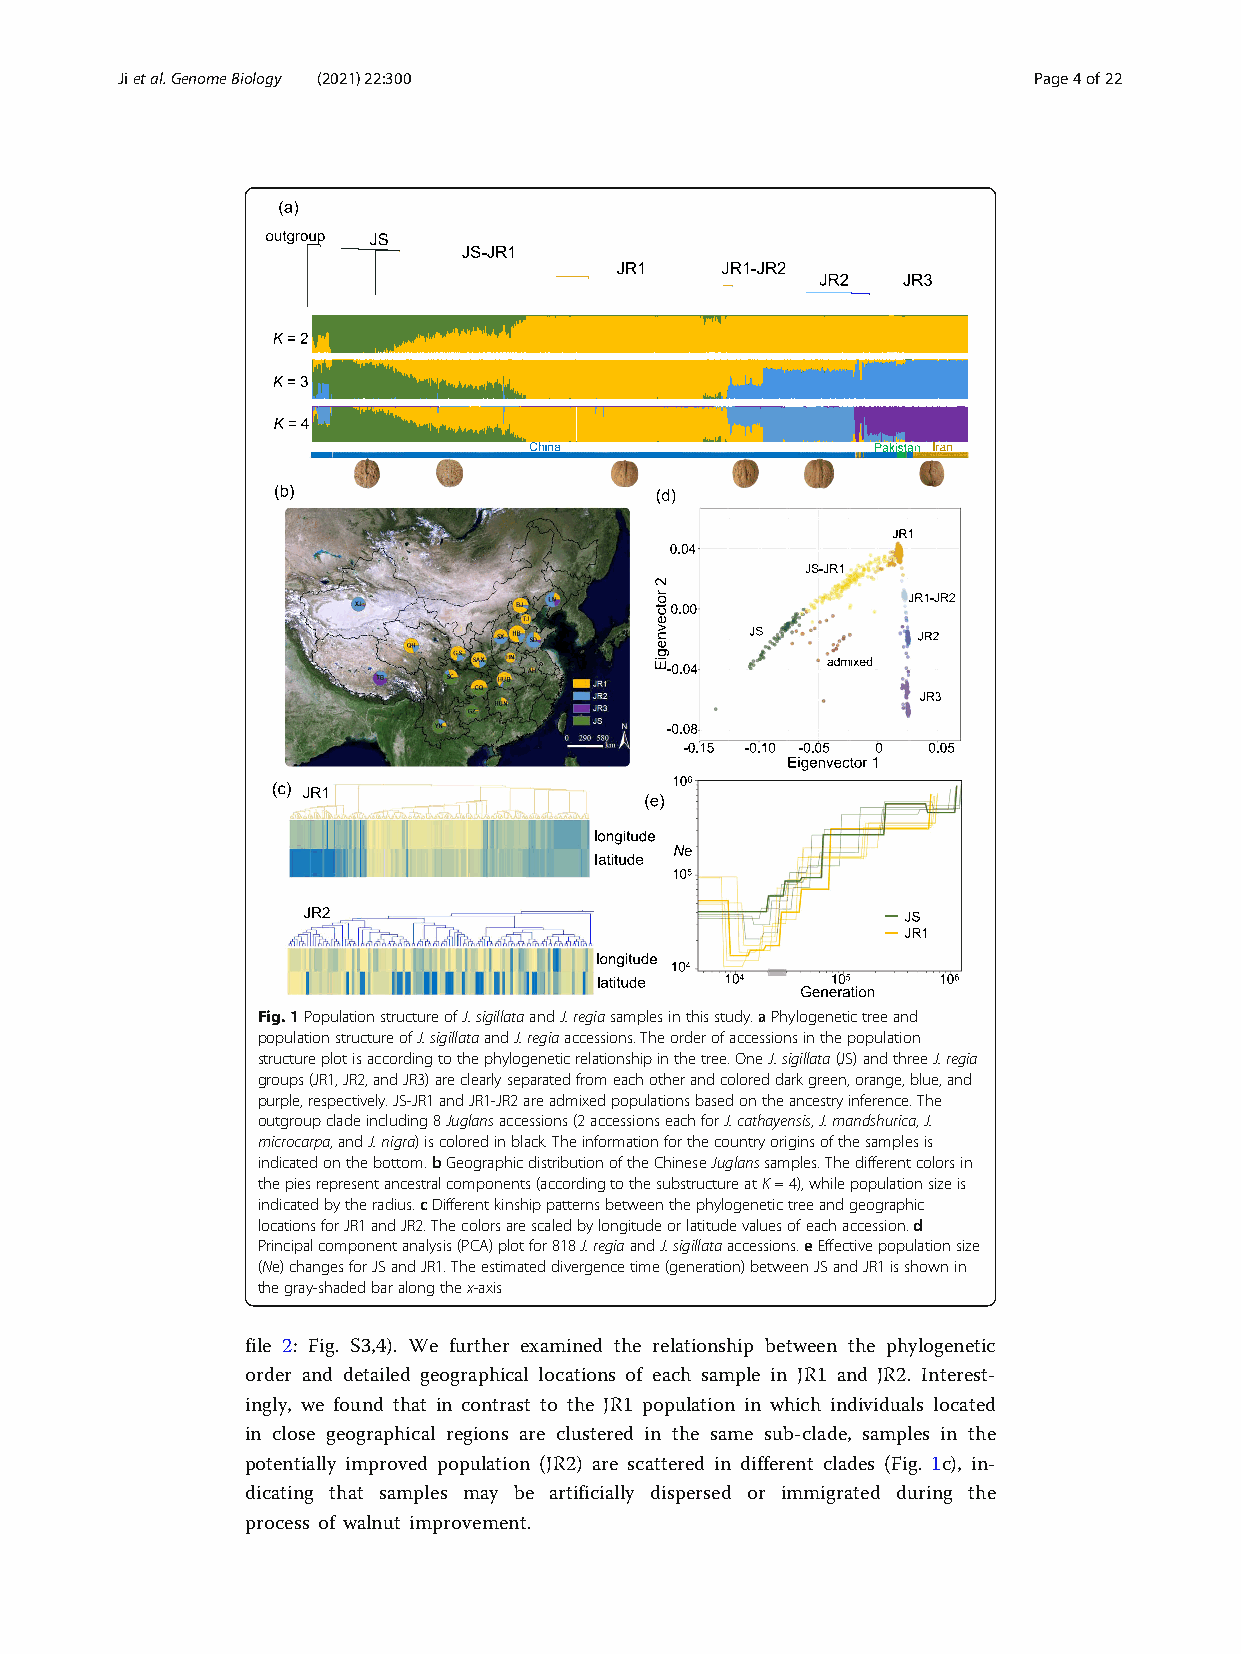
Jietal.GenomeBiology (2021) 22:300                          Page4of22
 Fig.1PopulationstructureofJ.sigillataandJ.regiasamplesinthisstudy.aPhylogenetictreeand
 populationstructureofJ.sigillataandJ.regiaaccessions.Theorderofaccessionsinthepopulation
 structureplotisaccordingtothephylogeneticrelationshipinthetree.OneJ.sigillata(JS)andthreeJ.regia
 groups(JR1,JR2,andJR3)areclearlyseparatedfromeachotherandcoloreddarkgreen,orange,blue,and
 purple,respectively.JS-JR1andJR1-JR2areadmixedpopulationsbasedontheancestryinference.The
 outgroupcladeincluding8Juglansaccessions(2accessionseachforJ.cathayensis,J.mandshurica,J.
 microcarpa,andJ.nigra)iscoloredinblack.Theinformationforthecountryoriginsofthesamplesis
 indicatedonthebottom.bGeographicdistributionoftheChineseJuglanssamples.Thedifferentcolorsin
 thepiesrepresentancestralcomponents(accordingtothesubstructureatK=4),whilepopulationsizeis
 indicatedbytheradius.cDifferentkinshippatternsbetweenthephylogenetictreeandgeographic
 locationsforJR1andJR2.Thecolorsarescaledbylongitudeorlatitudevaluesofeachaccession.d
 Principalcomponentanalysis(PCA)plotfor818J.regiaandJ.sigillataaccessions.eEffectivepopulationsize
 (Ne)changesforJSandJR1.Theestimateddivergencetime(generation)betweenJSandJR1isshownin
 thegray-shadedbaralongthex-axis
 file 2: Fig. S3,4). We further examined the relationship between the phylogenetic
 order and detailed geographical locations of each sample in JR1 and JR2. Interest-
 ingly, we found that in contrast to the JR1 population in which individuals located
 in close geographical regions are clustered in the same sub-clade, samples in the
 potentially improved population (JR2) are scattered in different clades (Fig. 1c), in-
 dicating that samples may be artificially dispersed or immigrated during the
 process of walnut improvement.